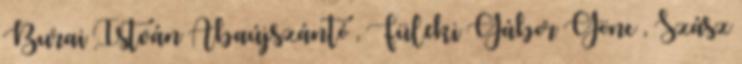
Burai István Abaújszántó , Füleki Gábor Gönc , Szász